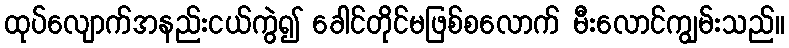
ထုပ်လျောက်အနည်းငယ်ကွဲ၍ ခေါင်တိုင်မဖြစ်စလောက် မီးလောင်ကျွမ်းသည်။